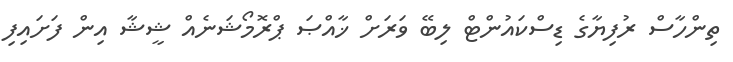
ތިންހާސް ރުފިޔާގެ ޑިސްކައުންޓް ލިބޭ ވަރަށް ޚާއްޞަ ޕްރޮމޯޝަނެއް ޝީޝާ އިން ފަށައިފި